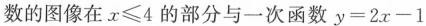
数的图像在$$x\leq4$$的部分与一次函数$$y=2x-1$$